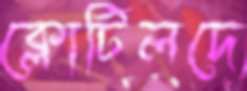
ক্লোটিলদে